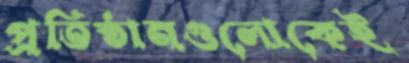
প্রতিষ্ঠানগুলোকেই